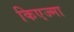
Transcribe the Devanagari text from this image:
किएज्मा